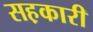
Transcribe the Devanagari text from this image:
सह़कारी